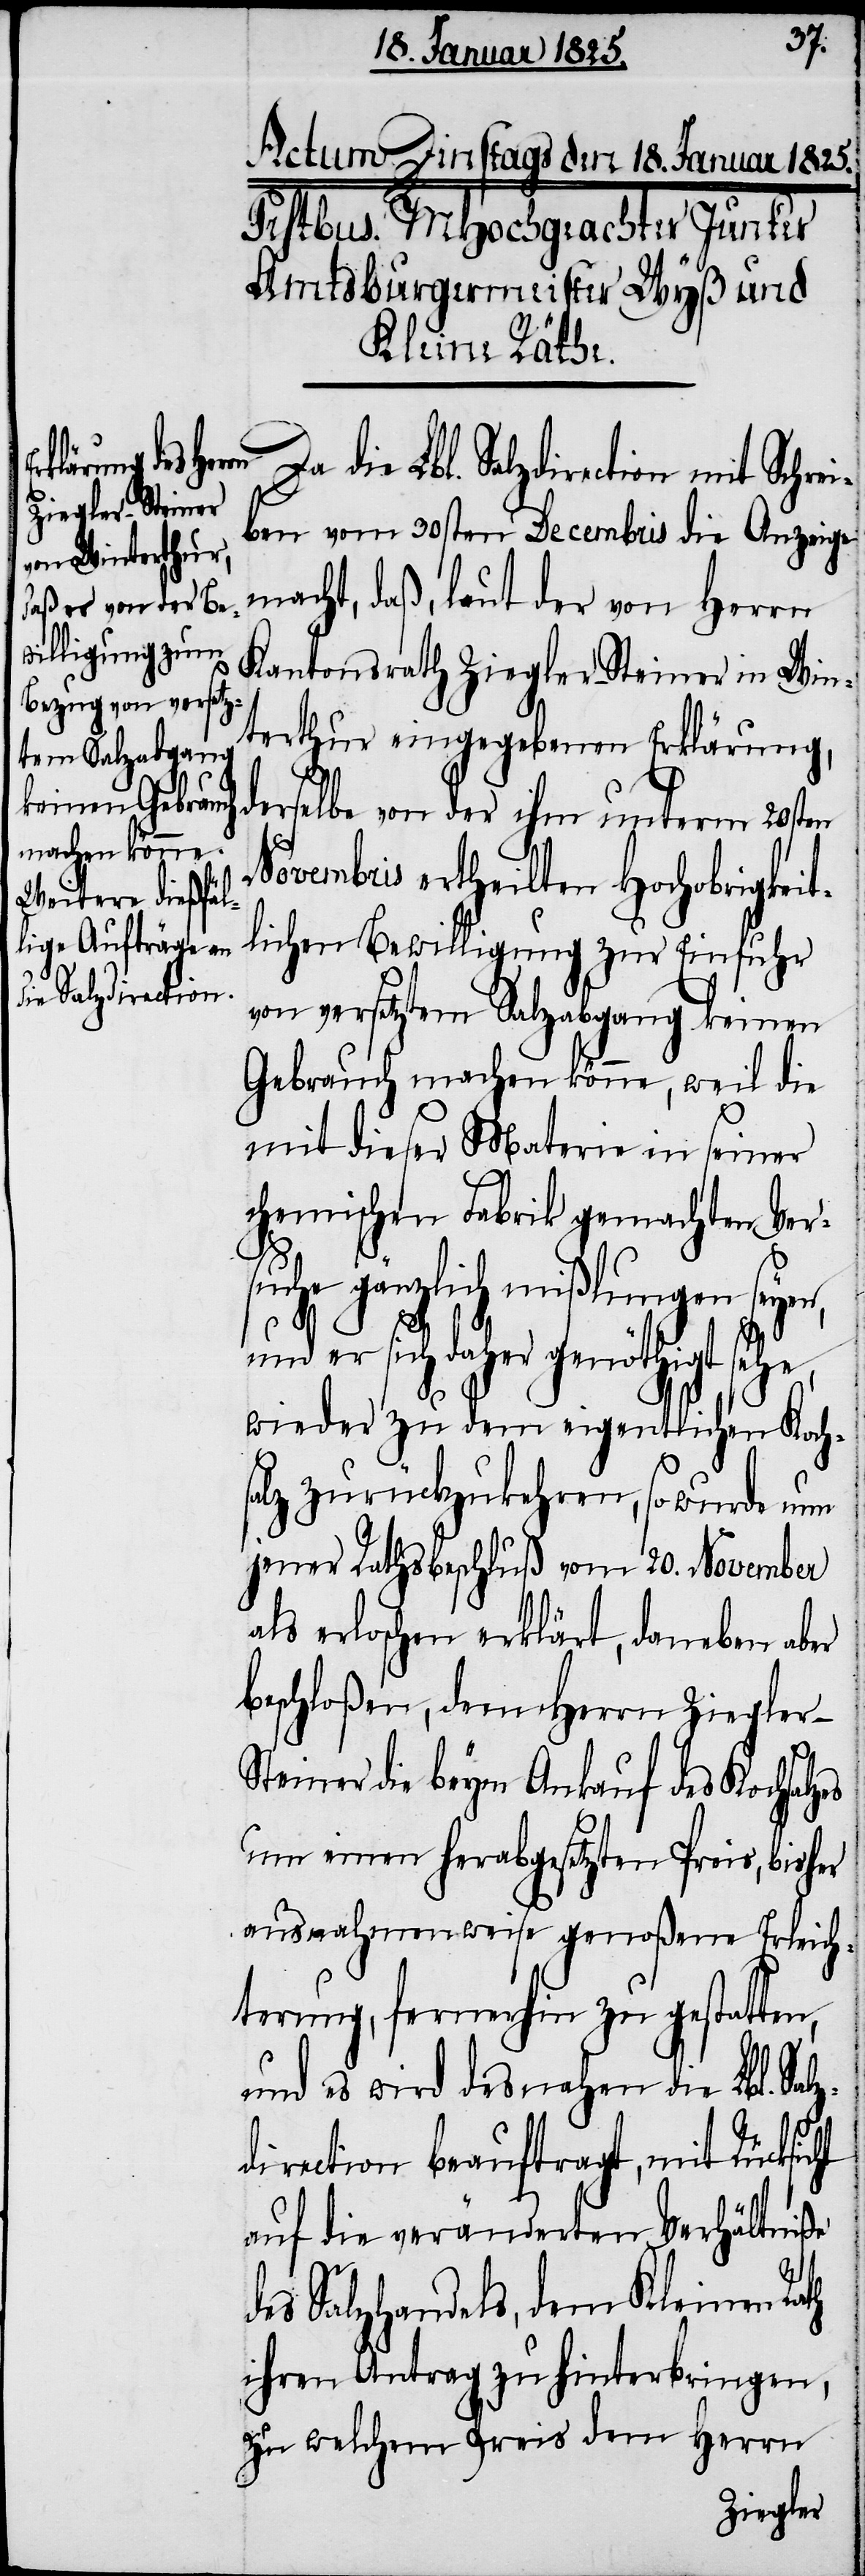
on mit Schrei¬

Da die Lbl. Salzdirecti¬
ben vom 30sten Decembris die Anzeige
macht, daß, laut der von Herrn
Kantonsrath Ziegler-Steiner in Win¬
terthur eingegebenen Erklärung,
derselbe von der ihm unterm 20sten
Novembris ertheilten Hochobrigkeit¬
lichen Bewilligung zur Einfuhr
von versetztem Salzabgang keinen
Gebrauch machen könne, weil die
mit dieser Materie in seiner
chemischen Fabrik gemachten Ver¬
suche gänzlich mißlungen seyen,
sich daher genöthiget
wieder zu dem eigentlichen Kochs¬
alz zurückzukehren, so wurde nun
jener Rathsbeschluß vom 20. November
als erloschen erklärt, daneben aber
beschloßen, dem Herrn Ziegler-S¬
teiner die beym Ankauf des Kochsal¬
um einen herabgesetzten Preis, bisher
ausnahmenweise genoßene Erleich¬
terung, fernerhin zu gestatten,
und es wird desnahen die Lbl. Sal¬
zdirection beauftragt, mit Rücksicht
auf die veränderten Verhältniße
des Salzhandels, dem Kleinen Rath
ihren Antrag zu hinterbringen,
zu welchem Preis dem Herrn
zes